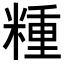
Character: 𥻝